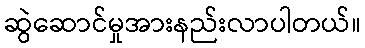
ဆွဲဆောင်မှုအားနည်းလာပါတယ်။